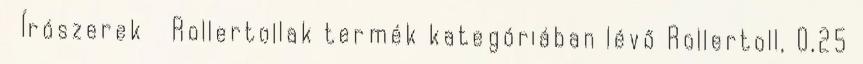
Írószerek Rollertollak termék kategóriában lévő Rollertoll, 0,25